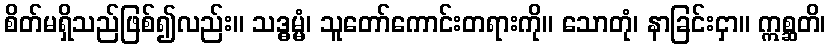
စိတ်မရှိသည်ဖြစ်၍လည်း။ သဒ္ဓမ္မံ၊ သူတော်ကောင်းတရားကို။ သောတုံ၊ နာခြင်းငှာ။ ဣစ္ဆတိ၊